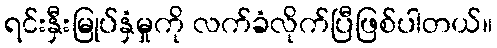
ရင်းနှီးမြုပ်နှံမှုကို လက်ခံလိုက်ပြီဖြစ်ပါတယ်။